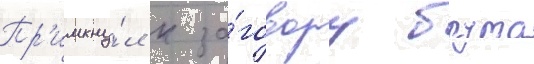
Пр'имкну́л к за́говору брута